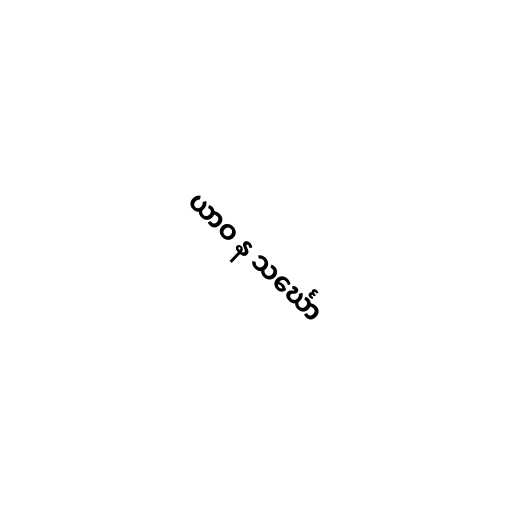
ယာဝ န သင်္ဃော